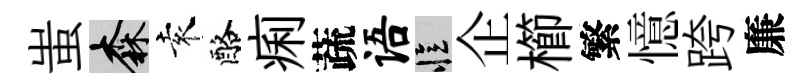
蚩森袁酪痢蔬语忆企櫛繁憶跨廉